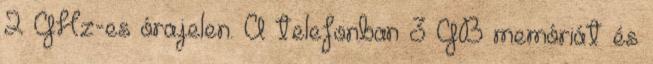
2 GHz-es órajelen. A telefonban 3 GB memóriát és